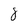
Character: 8